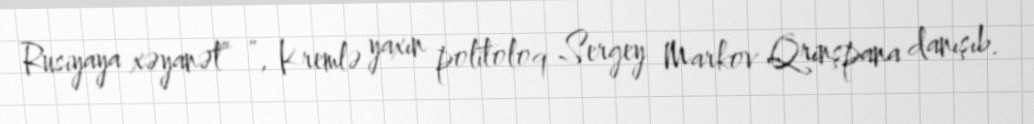
Rusiyaya xəyanət” ”, Kremlə yaxın politoloq Sergey Markov Qrinşpana danışıb.